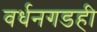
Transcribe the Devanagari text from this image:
वर्धनगडही